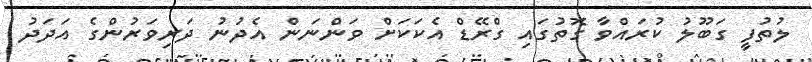
ލުތުފީ ގަބޫލު ކުރައްވާ ގޮތުގައި ގްރޭޑް އެކަކަށް ވަންނަން އެދުނު ދަރިވަރުންގެ އަދަދު